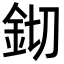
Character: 𨥔